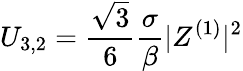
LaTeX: U_{3,2}=\frac{\sqrt{3}}{6}\frac{\sigma}{\beta}|Z^{(1)}|^{2}